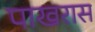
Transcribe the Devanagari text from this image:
पाखरास